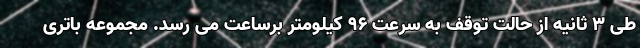
طی 3 ثانیه از حالت توقف به سرعت 96 کیلومتر برساعت می رسد. مجموعه باتری